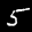
Label: 5